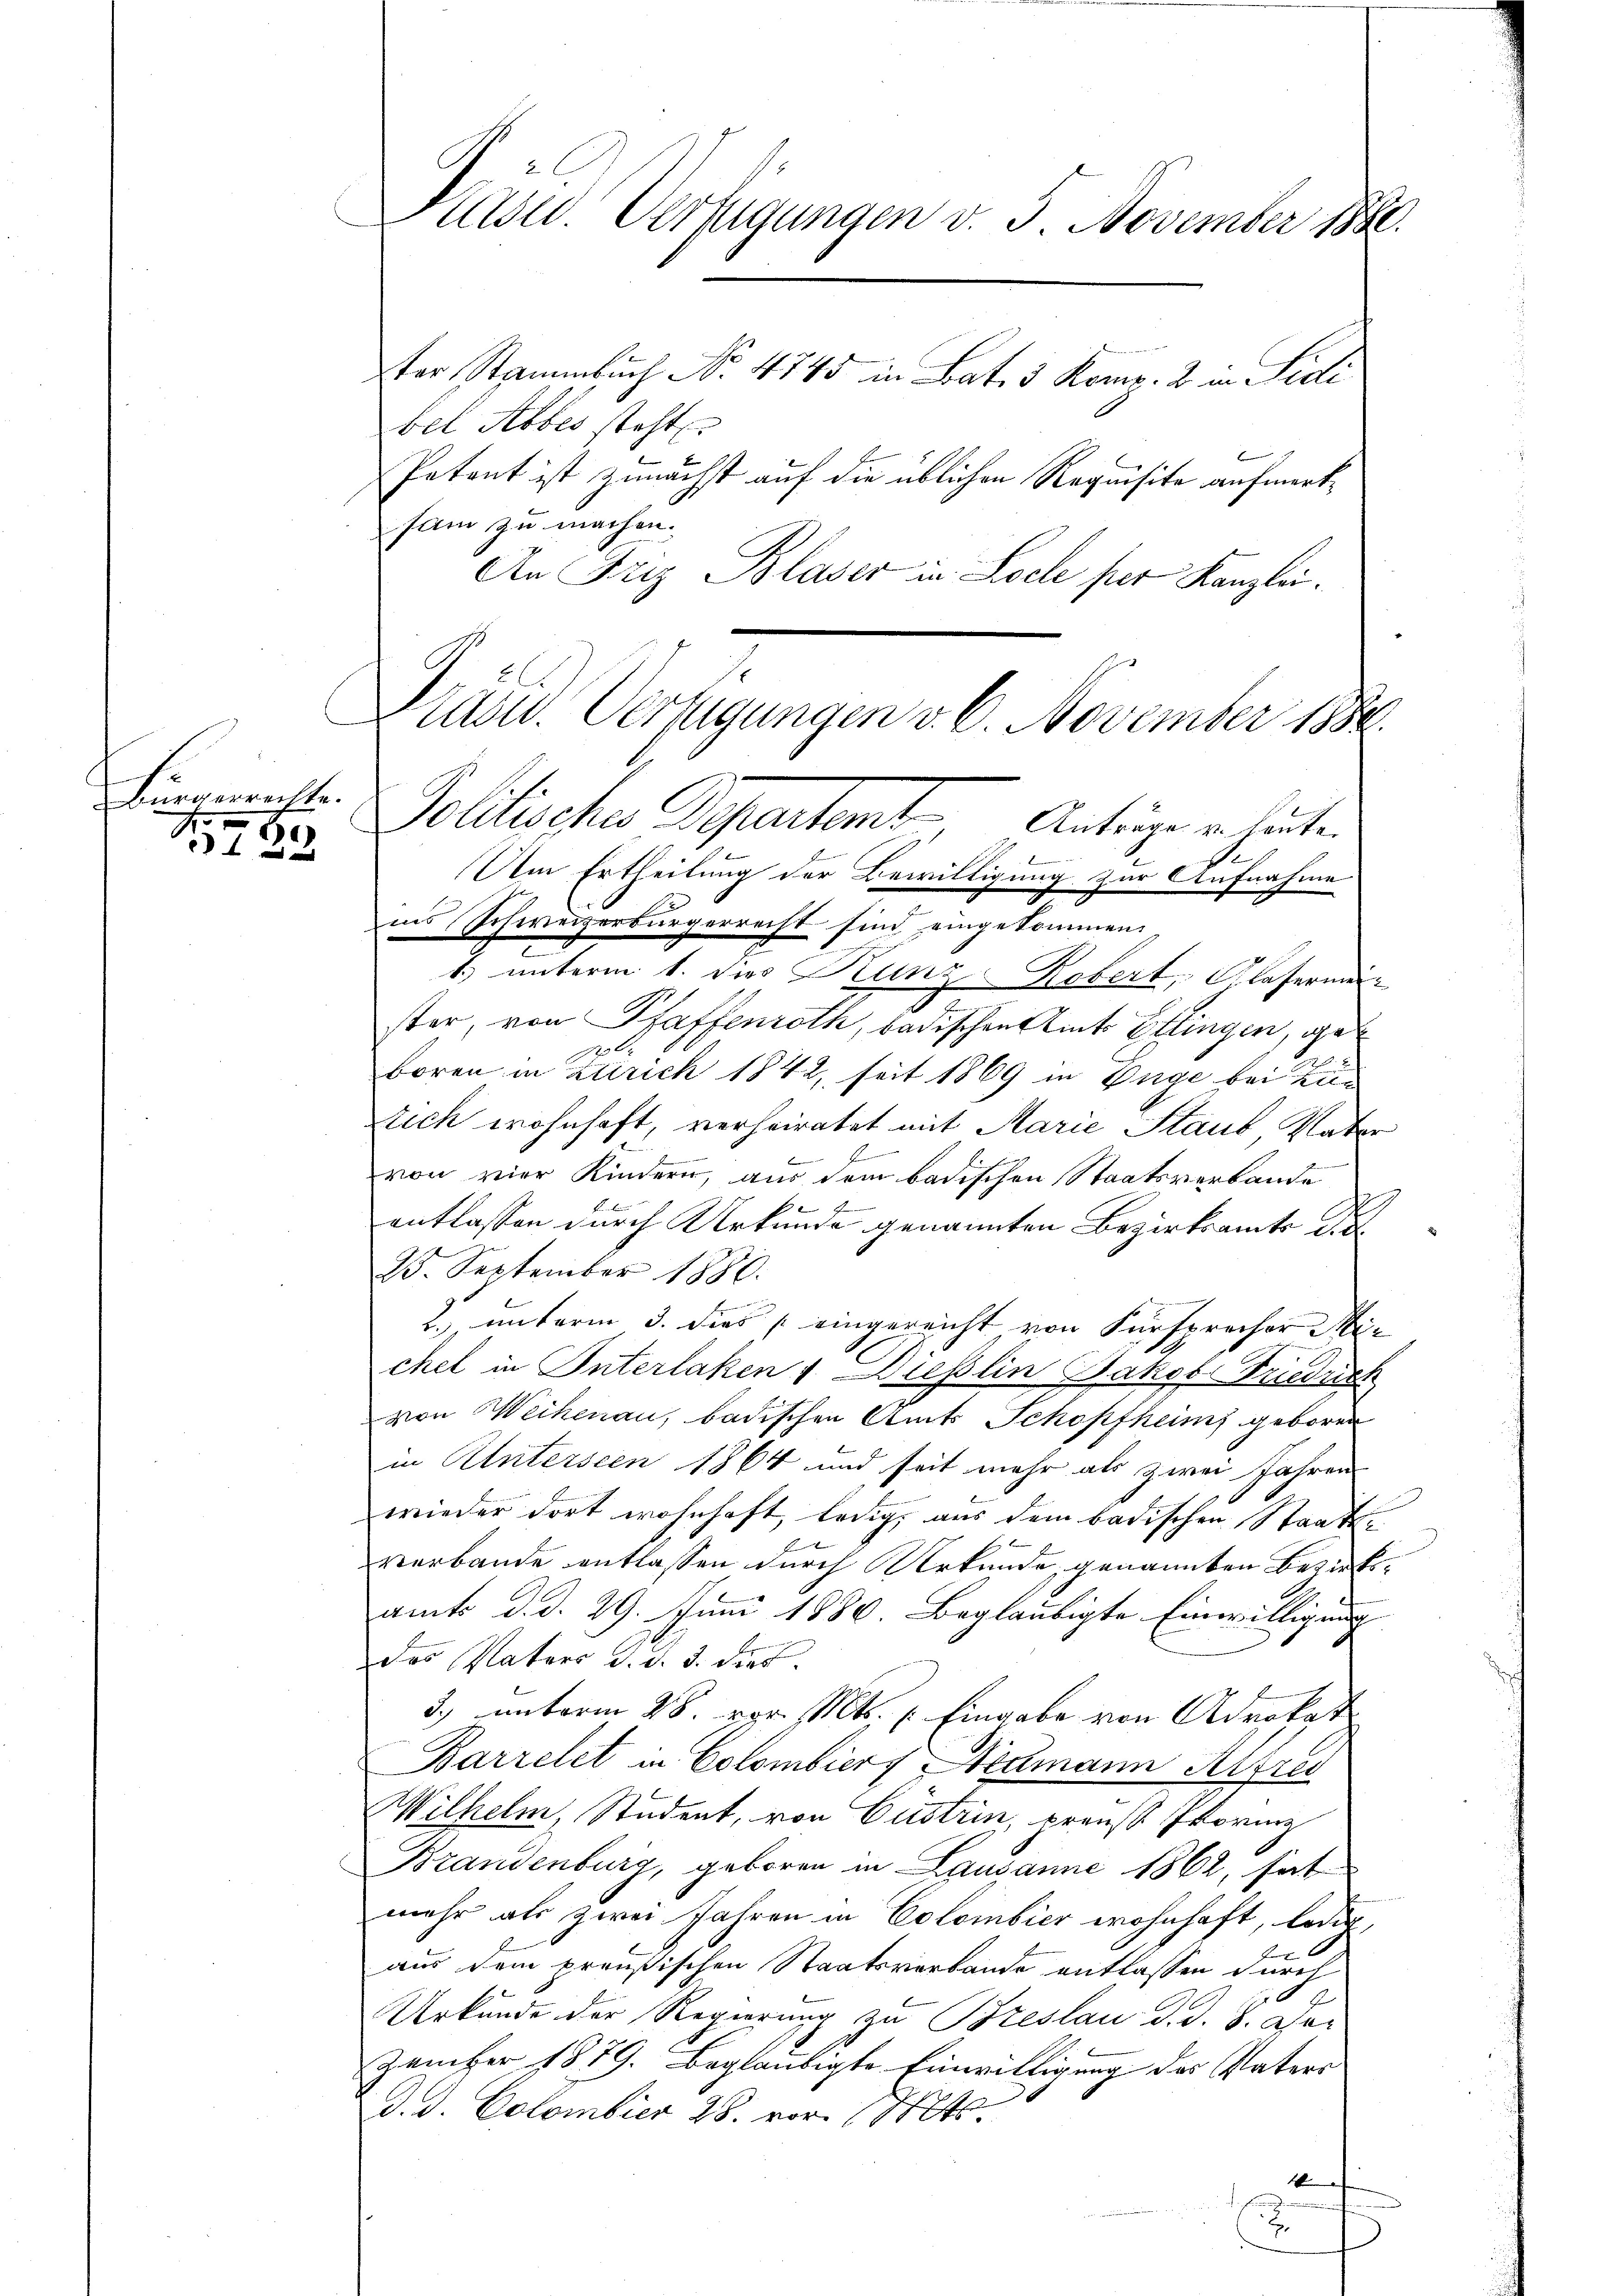
.
bürgerrechte.

8.
 0 f 0

Asw. Verfügungen v. 5. November 1880.
ster Stammbuch No. 4745 in Bat. 3 Komp. 2 in Sidi

bel Abbes steht
Petent ist zunächst auf die üblichen Requisite aufmerksam zu machen.
An Friz Blaser in Loche per Kanzlei.
.
Am Ertheilung der Bewilligung zur Aufnahme
in’s Schweizerbürgerrecht sind eingekommen.
1) unterm 1. dies Kunz Robert, Glasermeister, von Pfaffenroth, badischen Amts Ellingen, ge¬
3
boren in Zürich 1842, seit 1869 in Enge bei Kin
tich wohnhaft, verheiratet mit Marie Staub Vater
f
von vier Kindern, aus dem badischen Staatsverbande
3
entlassen durch Urkunde genannten Bezirksamts Pr
25. September 1880.
2. unterm 3. dies eingereicht von Fürsprecher Michel in Interlaken v. Diesslin Jakob Friedrich
von Weihenau, badischen Amts Schopfheims geboren
in Unterseen 1864 und seit mehr als zwei Jahren
wieder dort wohnhaft, ledig, aus dem badischen Staats-
verbande entlassen durch Urkunde, genannten Bezirksamts d. d. 29. Juni 1886. Beglaubigte Einwilligung
des Vaters d. d. 3. dies
3.) unterm 28. vor. Mts. 1. Eingabe von Advokat
Barrelet in Colombiers Neumann Alfred
Wilhelm, Student, von Gustrin, preuss. Provinz
Brandenburg, geboren in Lausanne 1862, sich
mehr als zwei Jahren in Colombier wohnhaft, ledig,
aus dem preußischen Staatsverbande entlassen durch
Urkunde der Regierung zu Breslau d. d. 8. Der
zember 1879. beglaubigte Einwilligung des Vaters
d. d. Colombier 28. vor. Mts
1

f
Lusw. Verfügungen v. 6. November 1880.
Politischen Separtent
Anträge u. heute.

.